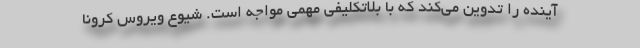
آینده را تدوین می‌کند که با بلاتکلیفی مهمی مواجه است. شیوع ویروس کرونا